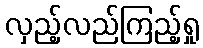
လှည့်လည်ကြည့်ရှု